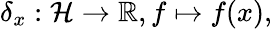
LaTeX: \delta_{x}:\mathcal{H}\to\mathbb{R},f\mapsto f(x),